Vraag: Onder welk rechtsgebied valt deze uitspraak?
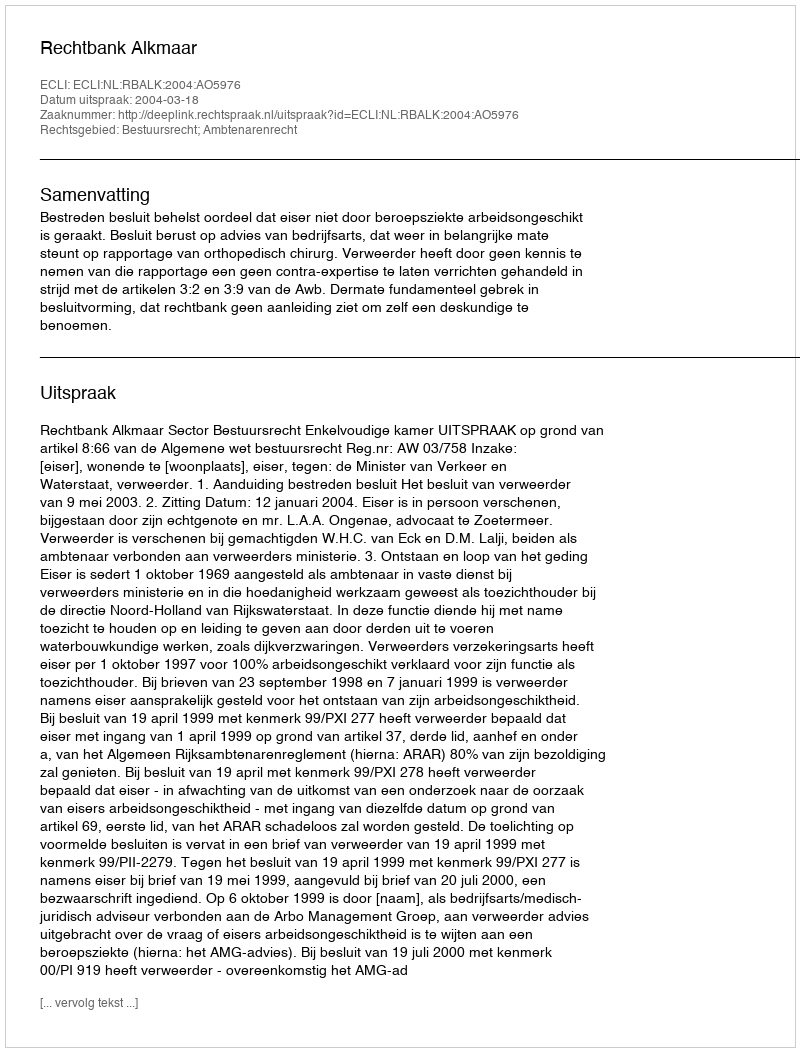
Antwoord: Bestuursrecht; Ambtenarenrecht